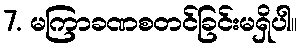
7. မကြာခဏစတင်ခြင်းမရှိပါ။